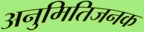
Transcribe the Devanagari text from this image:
अनुमितिजनक